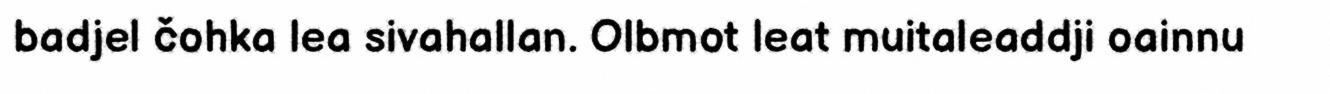
badjel čohka lea sivahallan. Olbmot leat muitaleaddji oainnu